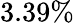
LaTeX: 3.39\%